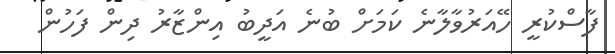
ފާސްކުރީ ހޭއަރުވާލާނެ ކަމަށް ބުނެ އަދީބު އިންޒާރު ދިން ފަހުން